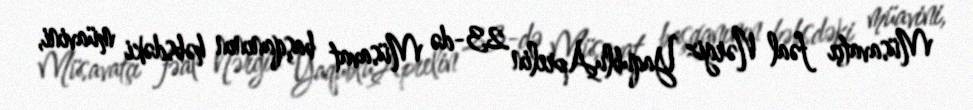
Müsavatçı fəal Nərgiz YaqubluAprelin 23-də Müsavat başqanının həbsdəki müavini,